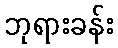
ဘုရားခန်း